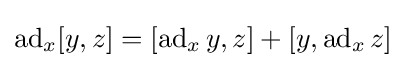
\operatorname {ad} _{x}[y,z]=[\operatorname {ad} _{x}y,z]+[y,\operatorname {ad} _{x}z]